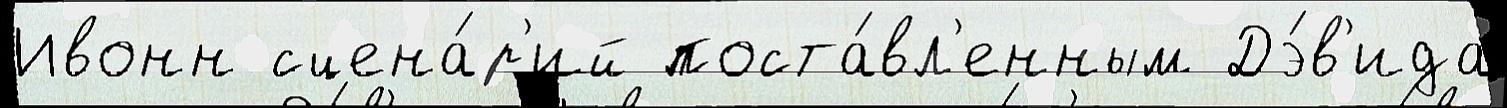
Ивонн сцена́р'ий поста́вл'енным Дэ́в'ида